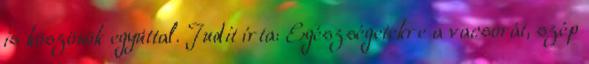
is köszönök egyúttal. Judit írta: Egészségetekre a vacsorát, szép